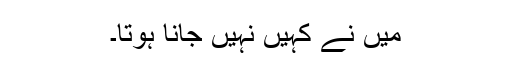
مَیں نے کہیں نہیں جانا ہوتا۔